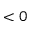
< 0